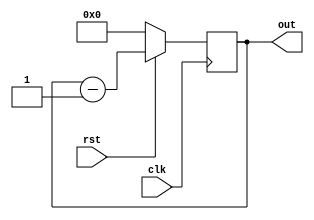
module fourbitdown( clk,rst,out);

input clk,rst;
output reg[3:0] out ;

always@(posedge clk)
begin

if(rst==0)
out<=0;

else
out<=out-1;


end
endmodule